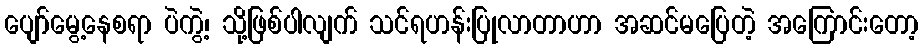
ပျော်မွေ့နေစရာ ပဲကွဲ့၊ သို့ဖြစ်ပါလျက် သင်ရဟန်းပြုလာတာဟာ အဆင်မပြေတဲ့ အကြောင်းတော့